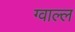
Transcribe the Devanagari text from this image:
ग्वाल्ल